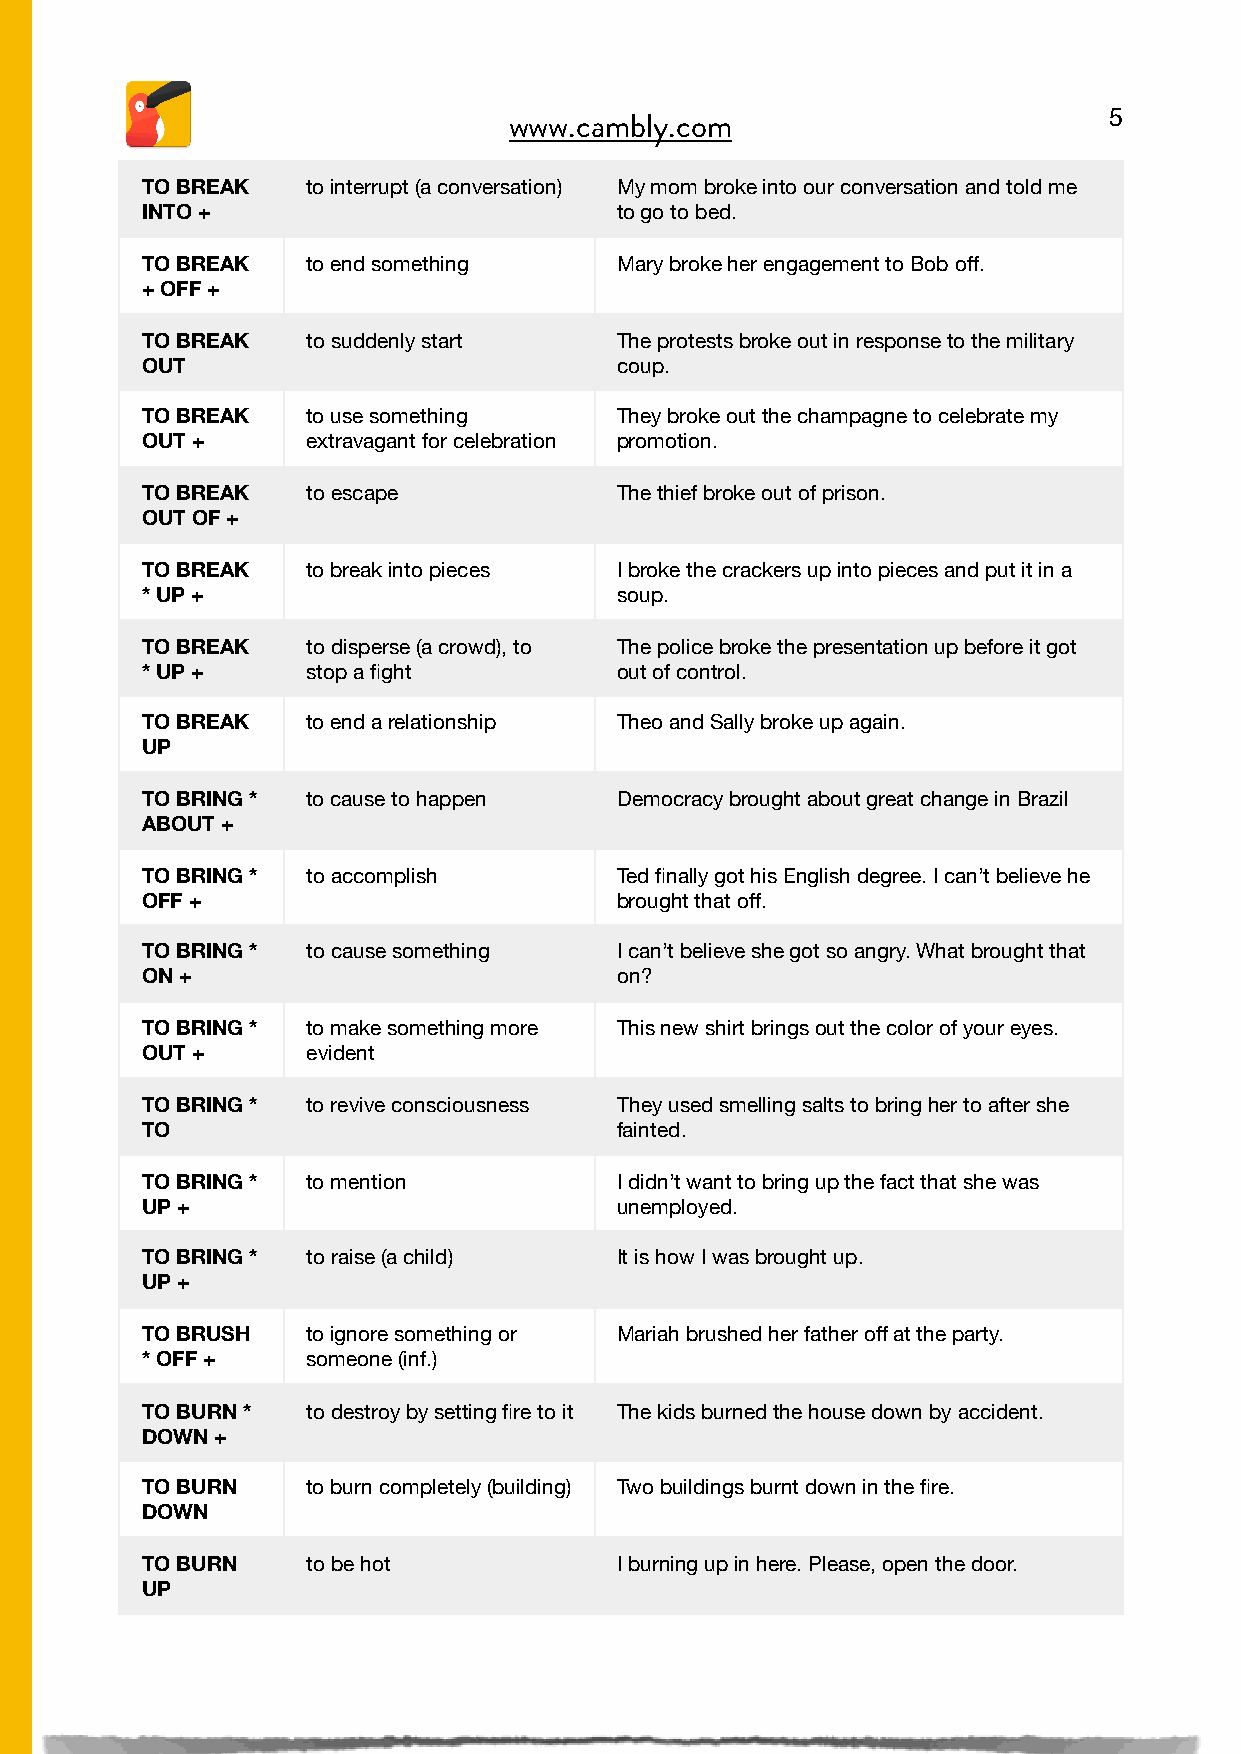
5
 www.cambly.com

 TO BREAK   to interrupt (a conversation) My mom broke into our conversation and told me
 INTO +                          to go to bed.
 TO BREAK   to end something     Mary broke her engagement to Bob off.
 + OFF +
 TO BREAK   to suddenly start    The protests broke out in response to the military
 OUT                             coup.
 TO BREAK   to use something     They broke out the champagne to celebrate my
 OUT +      extravagant for celebration promotion.
 TO BREAK   to escape            The thief broke out of prison.
 OUT OF +
 TO BREAK   to break into pieces I broke the crackers up into pieces and put it in a
 * UP +                          soup.
 TO BREAK   to disperse (a crowd), to The police broke the presentation up before it got
 * UP +     stop a fight         out of control.
 TO BREAK   to end a relationship Theo and Sally broke up again.
 UP
 TO BRING * to cause to happen   Democracy brought about great change in Brazil
 ABOUT +
 TO BRING * to accomplish        Ted finally got his English degree. I can’t believe he
 OFF +                           brought that off.
 TO BRING * to cause something   I can’t believe she got so angry. What brought that
 ON +                            on?
 TO BRING * to make something more This new shirt brings out the color of your eyes.
 OUT +      evident
 TO BRING * to revive consciousness They used smelling salts to bring her to after she
 TO                              fainted.
 TO BRING * to mention           I didn’t want to bring up the fact that she was
 UP +                            unemployed.
 TO BRING * to raise (a child)   It is how I was brought up.
 UP +
 TO BRUSH   to ignore something or Mariah brushed her father off at the party.
 * OFF +    someone (inf.)
 TO BURN *  to destroy by setting fire to it The kids burned the house down by accident.
 DOWN +
 TO BURN    to burn completely (building) Two buildings burnt down in the fire.
 DOWN
 TO BURN    to be hot            I burning up in here. Please, open the door.
 UP